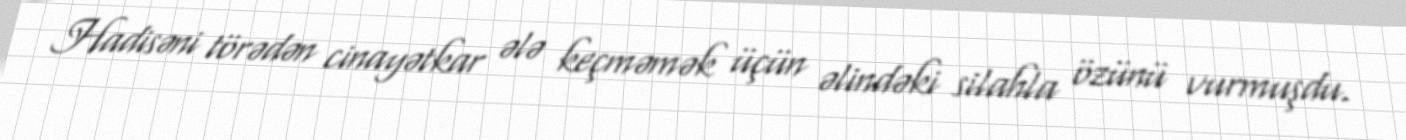
Hadisəni törədən cinayətkar ələ keçməmək üçün əlindəki silahla özünü vurmuşdu.